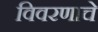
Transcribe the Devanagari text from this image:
विवरणाचे